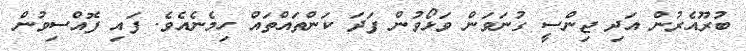
ބުރޫއެރުން އަދި ޖިންސީ ގުނަވަން ވަޅޯވުން ފަދަ ކަންތައްތައް ހިމެނެއެވެ. ފައި ފޮއްސިވުން